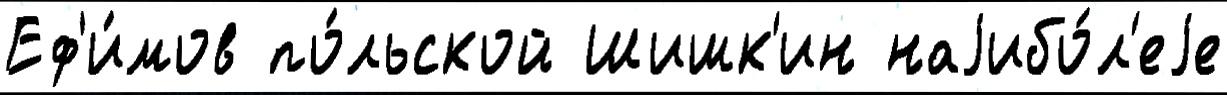
Еф'и́мов по́льской Шишк'ин наjибо́л'еjе